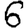
Digit: 6